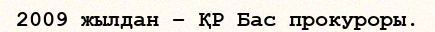
2009 жылдан – ҚР Бас прокуроры.